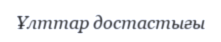
Ұлттар достастығы